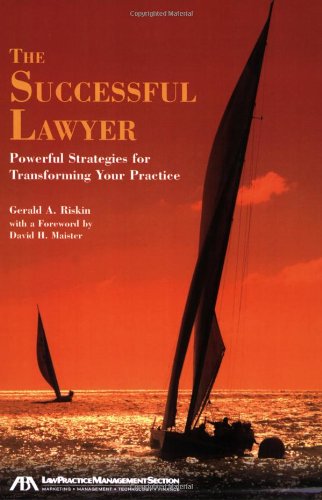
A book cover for The Successful Lawyer: Powerful Strategies for Transforming Your Practice; Gerald A. Riskin; Law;